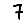
Digit: 7